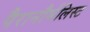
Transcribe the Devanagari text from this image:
पैरानौर्मलिस्ट